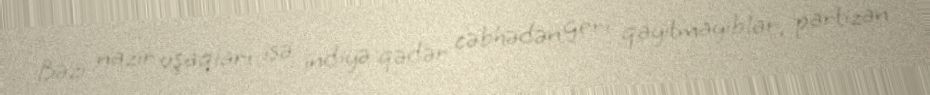
Bəzi nazir uşaqları isə indiyə qədər cəbhədən geri qayıtmayıblar, partizan